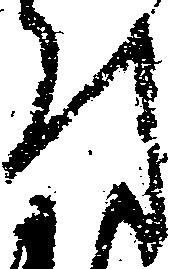
付